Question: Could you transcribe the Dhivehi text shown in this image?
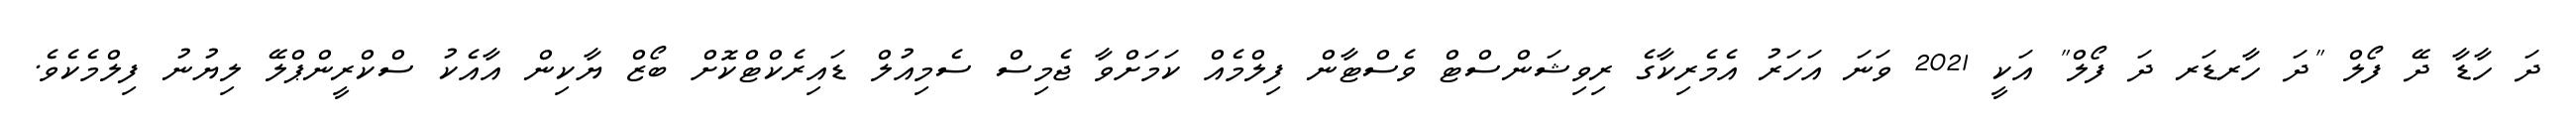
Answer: ދަ ހާޑާ ދޭ ފޯލް "ދަ ހާރޑަރ ދަ ފޯލް" އަކީ 2021 ވަނަ އަހަރު އެމެރިކާގެ ރިވިޝަންސްޓް ވެސްޓާން ފިލްމެއް ކަމަށްވާ ޖެމިސް ސެމިއުލް ޑައިރެކްޓްކޮށް ބޯޒް ޔާކިން އާއެކު ސްކްރީންޕްލޭ ލިޔުނު ފިލްމެކެވެ.